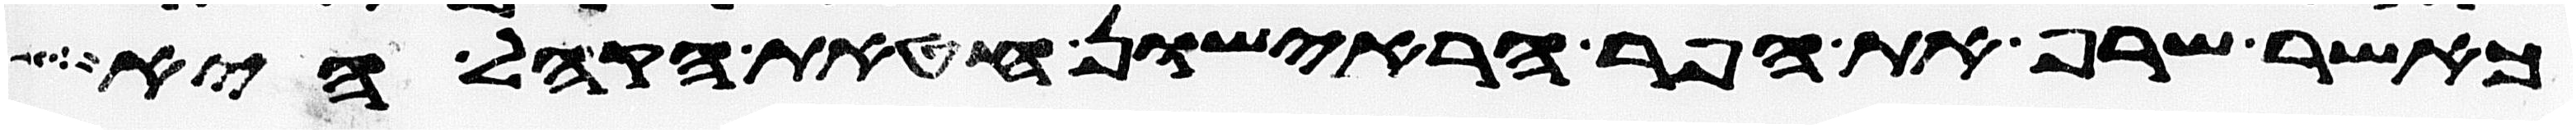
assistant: כאשר שרף את הפר הראישון חטאת הקהל היא